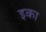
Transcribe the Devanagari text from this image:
इका